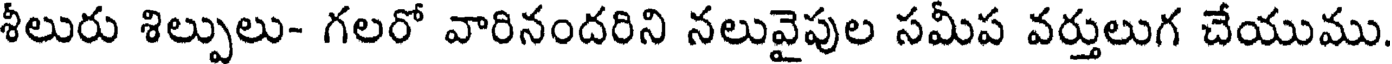
శీలురు శిల్పులు- గలరో వారినందరిని నలువైపుల సమీప వర్తులుగ చేయుము